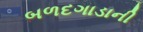
બળદગાડાની